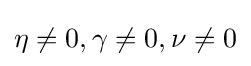
\eta \neq 0,\gamma \neq 0,\nu \neq 0